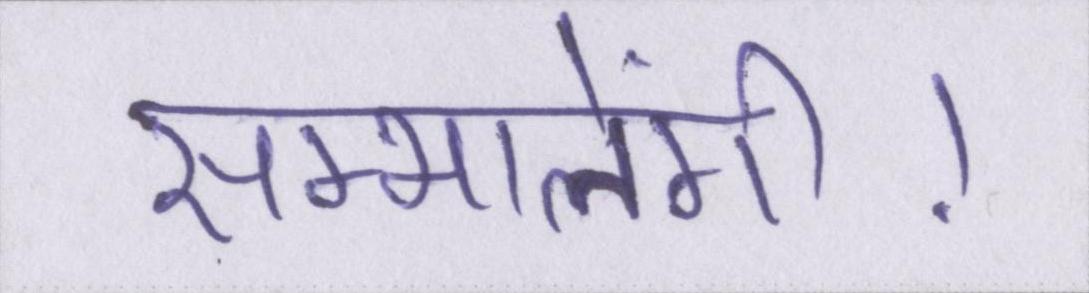
सम्भालेंगी।